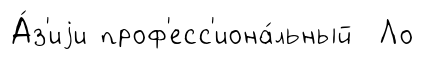
А́з'иjи проф'есс'иона́льный Ло